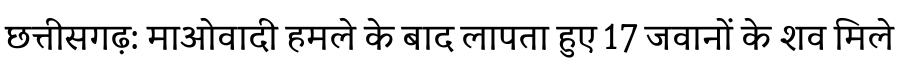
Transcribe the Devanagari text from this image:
छत्तीसगढ़: माओवादी हमले के बाद लापता हुए 17 जवानों के शव मिले